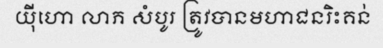
យ៉ីហោ លាភ សំបូរ ត្រូវបានមហាជនរិះគន់